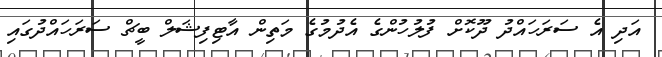
އަދި އެ ސަރަހައްދު ދޫކޮށް ފުލުހުންގެ އެދުމުގެ މަތިން އާޓިފިޝަލް ބީޗް ސަރަހައްދުގައި